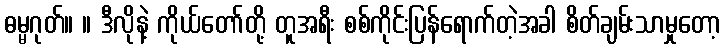
ဓမ္မဂုတ်။ ။ ဒီလိုနဲ့ ကိုယ်တော်တို့ တူအရီး စစ်ကိုင်းပြန်ရောက်တဲ့အခါ စိတ်ချမ်းသာမှုတော့